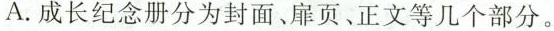
A.成长纪念册分为封面、扉页、正文等几个部分。